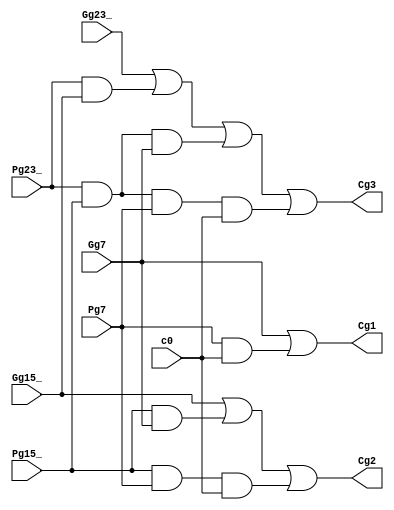
module cl_four(c0, Pg7, Gg7, Pg15_, Gg15_, Pg23_, Gg23_, Cg1, Cg2, Cg3);
	// 4-bit carry-lookahead module, NOT an adder though
	// should in fact has an output as carry-out, and Pg31_, Gg31_ as inputs, but not required by this project
	input c0, Pg7, Gg7, Pg15_, Gg15_, Pg23_, Gg23_;
	//output C_out;
	output Cg1, Cg2, Cg3;
	
	// as shown in cla_eight() code would be implemented based on gate delays
	// 1st & 2nd gate delay (SOP operation)
	// for Cg1
	wire Pg7C0;
	and andPg7C0(Pg7C0, Pg7, c0);
	or or_Cg1(Cg1, Gg7, Pg7C0);
	// for Cg2
	wire Pg15_Gg7, Pg15_Pg7C0;
	and andPg15_Gg7(Pg15_Gg7, Pg15_, Gg7);
	and andPg15_Pg7C0(Pg15_Pg7C0, Pg15_, Pg7, c0);
	or or_Cg2(Cg2, Gg15_, Pg15_Gg7, Pg15_Pg7C0);
	// for Cg3
	wire Pg23_Gg15_, Pg23_Pg15_Gg7, Pg23_Pg15_Pg7C0;
	and andPg23_Gg15_(Pg23_Gg15_, Pg23_, Gg15_);
	and andPg23_Pg15_Gg7(Pg23_Pg15_Gg7, Pg23_, Pg15_, Gg7);
	and andPg23_pg15_Pg7C0(Pg23_Pg15_Pg7C0, Pg23_, Pg15_, Pg7, c0);
	or or_Cg3(Cg3, Gg23_, Pg23_Gg15_, Pg23_Pg15_Gg7, Pg23_Pg15_Pg7C0);

endmodule